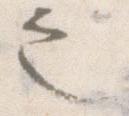
之